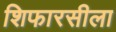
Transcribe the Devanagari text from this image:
शिफारसीला